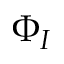
\Phi _ { I }